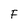
Character: F